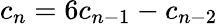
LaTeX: c_{n}=6c_{n-1}-c_{n-2}